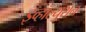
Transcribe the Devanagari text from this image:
इव्हॉल्युशन